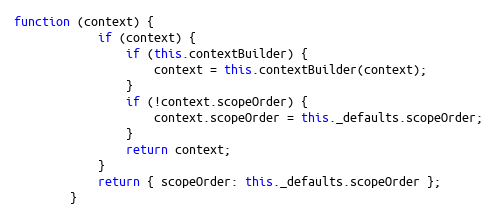
Language: JavaScript
function (context) {
            if (context) {
                if (this.contextBuilder) {
                    context = this.contextBuilder(context);
                }
                if (!context.scopeOrder) {
                    context.scopeOrder = this._defaults.scopeOrder;
                }
                return context;
            }
            return { scopeOrder: this._defaults.scopeOrder };
        }